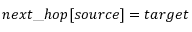
n e x t \textunderscore h o p [ s o u r c e ] = t a r g e t